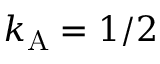
k _ { \mathrm { { A } } } = 1 / 2